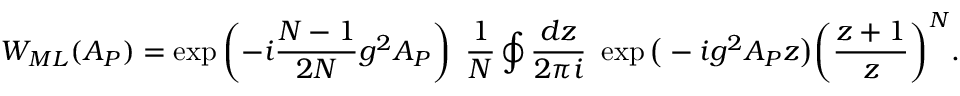
{ \cal W } _ { M L } ( { \cal A } _ { P } ) = \exp \left( - i \frac { N - 1 } { 2 N } g ^ { 2 } { \cal A } _ { P } \right) ~ \frac { 1 } { N } \oint \frac { d z } { 2 \pi i } ~ \exp \big ( - i g ^ { 2 } { \cal A } _ { P } z \big ) \bigg ( \frac { z + 1 } { z } \bigg ) ^ { N } .